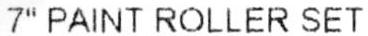
7" PAINT ROLLER SET